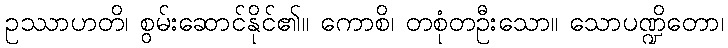
ဥဿာဟတိ၊ စွမ်းဆောင်နိုင်၏။ ကောစိ၊ တစုံတဦးသော။ သောပဏ္ဍိတော၊